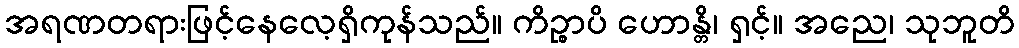
အရဏတရားဖြင့်နေလေ့ရှိကုန်သည်။ ကိဉ္စာပိ ဟောန္တိ၊ ရှင့်။ အညေ၊ သုဘူတိ